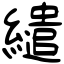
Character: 繾